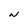
Character: N